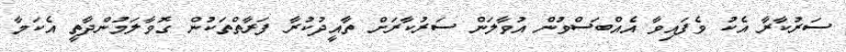
ސަރުކާރާ އެކު ވެފައިވާ އެއްބަސްވުން އުވާލަން ސަރުކާރަށް ތާއީދުކުރާ ފަރާތްތަކުން ގޮވާލަމުންދާތީ އެކަމާ